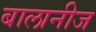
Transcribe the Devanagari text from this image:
बालानीज